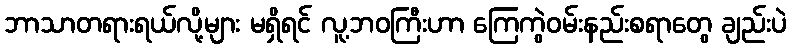
ဘာသာတရားရယ်လို့များ မရှိရင် လူ့ဘဝကြီးဟာ ကြေကွဲဝမ်းနည်းစရာတွေ ချည်းပဲ